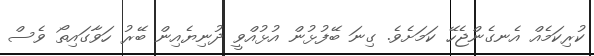
ކުރިކަމެއް އެނގެންޖެހޭ ކަމަށެވެ. ގިނަ ބޭފުޅުން އުޅުއްވީ ދުނިޔެއިން ބޭރު ހަވާގައިތޯ ވެސް